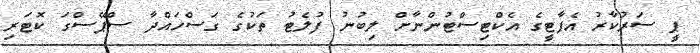
ޕީ ސަރުކާރު އެޕާޓީގެ އެކްޓިސްޓުންނާށް ލިބުނު ފުލެޓު ތަކުގެ ގަސްހައްދާ ސްޕޭސްގަ ކޮޓަރި